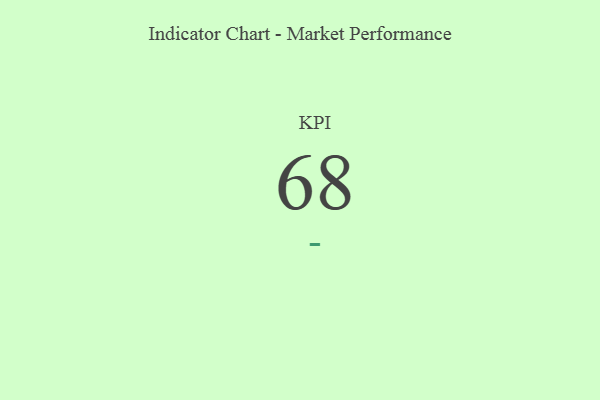
{"axis": {"x": "KPI", "y": "Value"}, "legend": [""], "data": [{"x": "KPI", "y": 68, "type": ""}]}